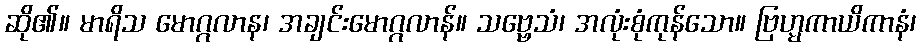
ဆို၏။ မာရိသ မောဂ္ဂလာန၊ အချင်းမောဂ္ဂလာန်။ သဗ္ဗေသံ၊ အလုံးစုံကုန်သော။ ဗြဟ္မကာယိကာနံ၊